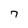
Character: 7